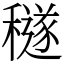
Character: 穟